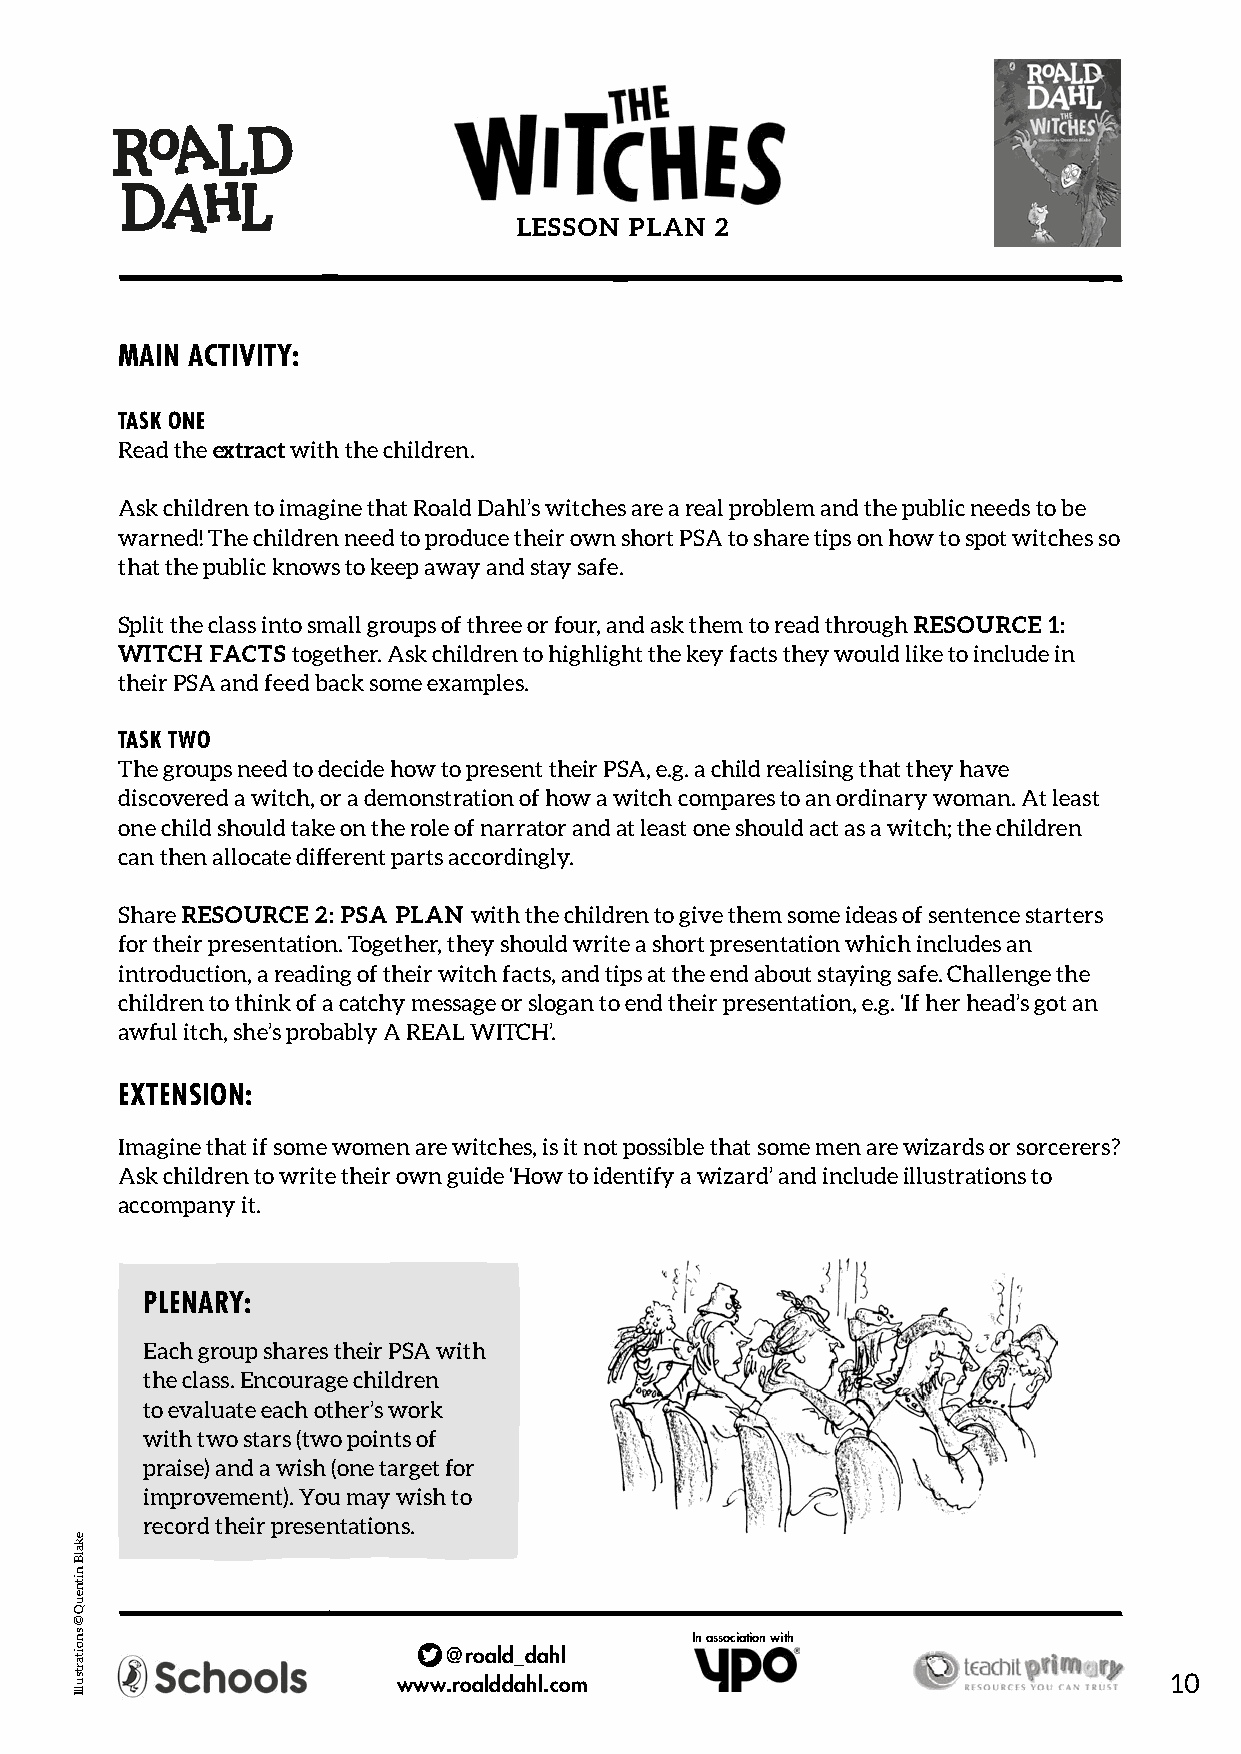
LESSON  PLAN 2
 MAIN ACTIVITY:
 TASK ONE
 Read the extract with the children.
 Ask children to imagine that Roald Dahl’s witches are a real problem and the public needs to be
 warned! The children need to produce their own short PSA to share tips on how to spot witches so
 that the public knows to keep away and stay safe.
 Split the class into small groups of three or four, and ask them to read through RESOURCE 1:
 WITCH FACTS together. Ask children to highlight the key facts they would like to include in
 their PSA and feed back some examples.
 TASK TWO
 The groups need to decide how to present their PSA, e.g. a child realising that they have
 discovered a witch, or a demonstration of how a witch compares to an ordinary woman. At least
 one child should take on the role of narrator and at least one should act as a witch; the children
 can then allocate different parts accordingly.
 Share RESOURCE 2: PSA PLAN with the children to give them some ideas of sentence starters
 for their presentation. Together, they should write a short presentation which includes an
 introduction, a reading of their witch facts, and tips at the end about staying safe. Challenge the
 children to think of a catchy message or slogan to end their presentation, e.g. ‘If her head’s got an
 awful itch, she’s probably A REAL WITCH’.
 EXTENSION:
 Imagine that if some women are witches, is it not possible that some men are wizards or sorcerers?
 Ask children to write their own guide ‘How to identify a wizard’ and include illustrations to
 accompany it.
 PLENARY:
 Each group shares their PSA with
 the class. Encourage children
 to evaluate each other’s work
 with two stars (two points of
 praise) and a wish (one target for
 improvement). You may wish to
 record their presentations.
 In association with
 @roald_dahl
 www.roalddahl.com                                  10
 ekalB
 nitneuQ
 ©
 snoitartsullI